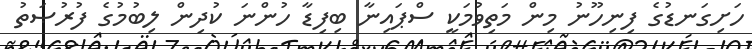
ހަށިގަނޑުގެ ފިނިހޫނު މިން މަތިވުމަކީ ސްޕައިނާ ބިފިޑާ ހުންނަ ކުދިން ލިބުމުގެ ފުރުޞަތު